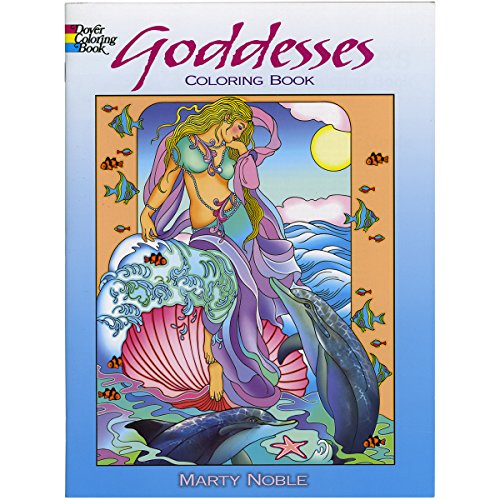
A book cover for Goddesses Coloring Book (Dover Coloring Books); Children's Books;